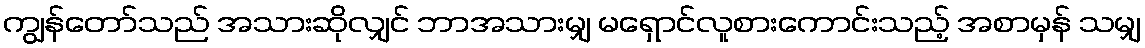
ကျွန်တော်သည် အသားဆိုလျှင် ဘာအသားမျှ မရှောင်လူစားကောင်းသည့် အစာမှန် သမျှ